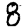
Digit: 8